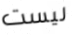
ليست